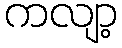
ကလျာ့